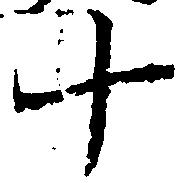
十